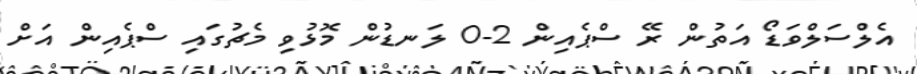
އެލްސަލްވަޑޯ އަތުން ރޭ ސްޕެއިން 2-0 ލަނޑުން މޮޅުވި މެޗުގައި ސްޕެއިން އަށް